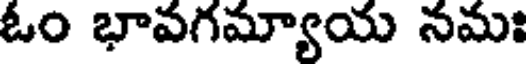
ఓం భావగమ్యాయ నమః